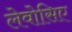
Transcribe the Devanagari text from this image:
लेवोसिए